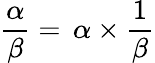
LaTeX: {\frac{\alpha}{\beta}}=\, {\alpha}\times{\frac{1}{\beta}}